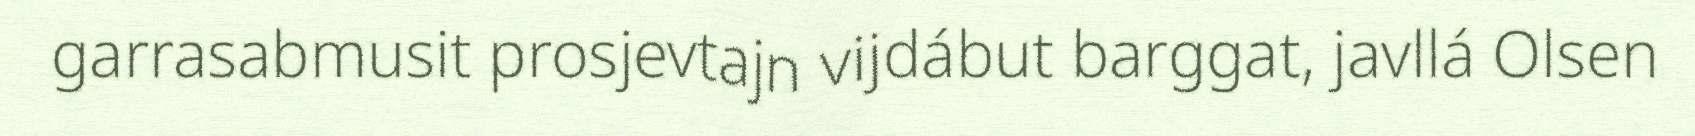
garrasabmusit prosjevtajn vijdábut barggat, javllá Olsen